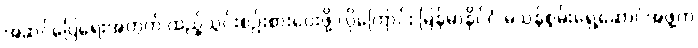
အဆင်ပြေရေးအတွက် ထည့်သွင်းစဉ်းစားပေးဖို့ လိုကြောင်း မြန်မာနိုင်ငံ မသန်စွမ်းရှေ့ဆောင်အဖွဲ့က